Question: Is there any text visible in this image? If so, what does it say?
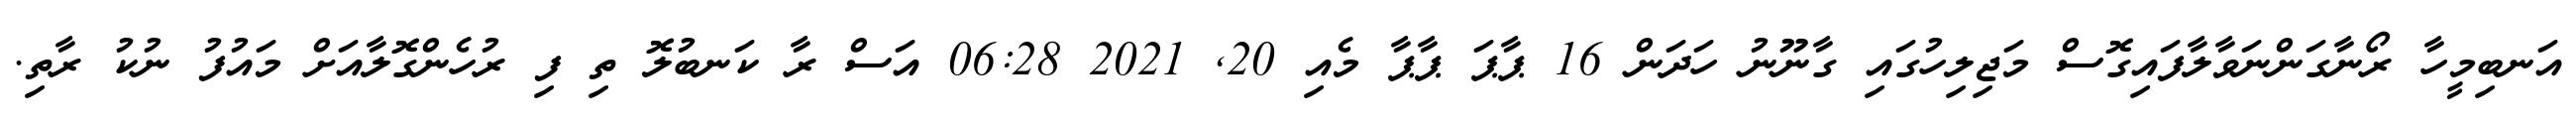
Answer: އަނބިމީހާ ރޯނާގަންނަވާލާފައިގޮސް މަޖިލިހުގައި ގާނޫނު ހަދަން 16 ޕާޕަ ޕާޕާ މެއި 20, 2021 06:28 އަސް ރާ ކަނބުލޮ ތި ފި ރުހެންގޮލާއަށް މައުފު ނުކު ރާތި.